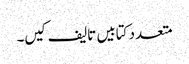
متعدد کتابیں تالیف کیں۔